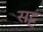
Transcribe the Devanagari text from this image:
सट्ट